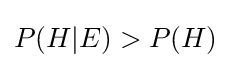
P(H|E)>P(H)